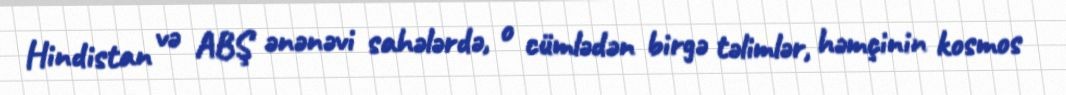
Hindistan və ABŞ ənənəvi sahələrdə, o cümlədən birgə təlimlər, həmçinin kosmos